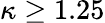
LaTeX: \kappa\ge 1.25